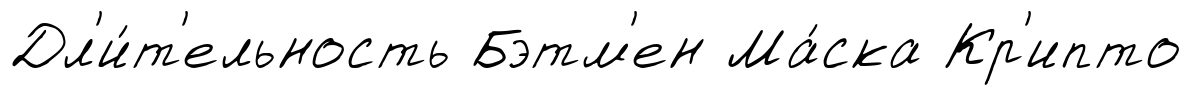
Дл'и́т'ельность Бэтм'ен Ма́ска Кр'ипто